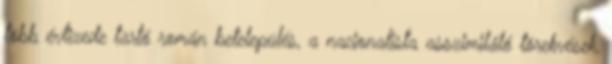
több évtizede tartó román betelepülés, a nacionalista asszimiláló törekvések,